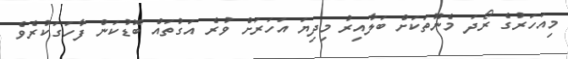
މިއަހަރުގެ ރޯދަ މެނޫތަކަށް ބަލާއިރު މިދިޔަ އަހަރަށް ވުރެ އަގުތައް ބޮޑުކަން ފާހަގަކުރެވެ